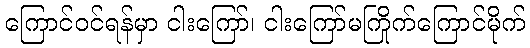
ကြောင်ဝင်ရန်မှာ ငါးကြော်၊ ငါးကြော်မကြိုက်ကြောင်မိုက်